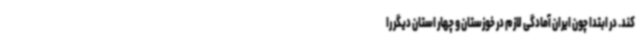
کند. در ابتدا چون ایران آمادگی لازم در خوزستان و چهار استان دیگر را